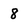
Character: 8